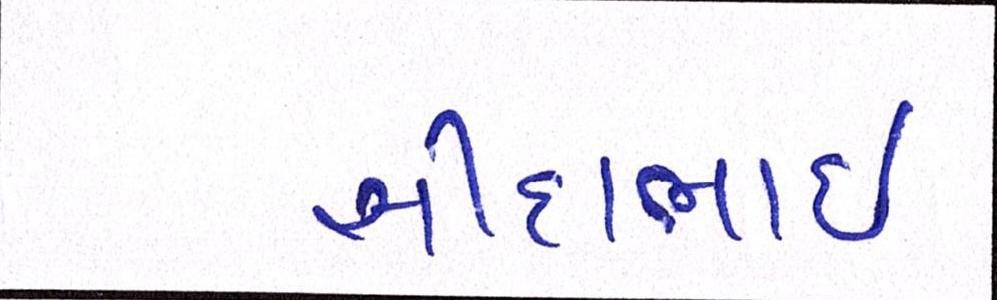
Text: સીદાભાઈ